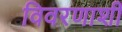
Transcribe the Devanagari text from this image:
विवरणाशी